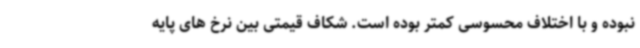
نبوده و با اختلاف محسوسی کمتر بوده است. شکاف قیمتی بین نرخ های پایه